Annual report of the Punjab Veterinary College and of the Civil Veterinary Department, Punjab - 1920-1925
Year: 1920
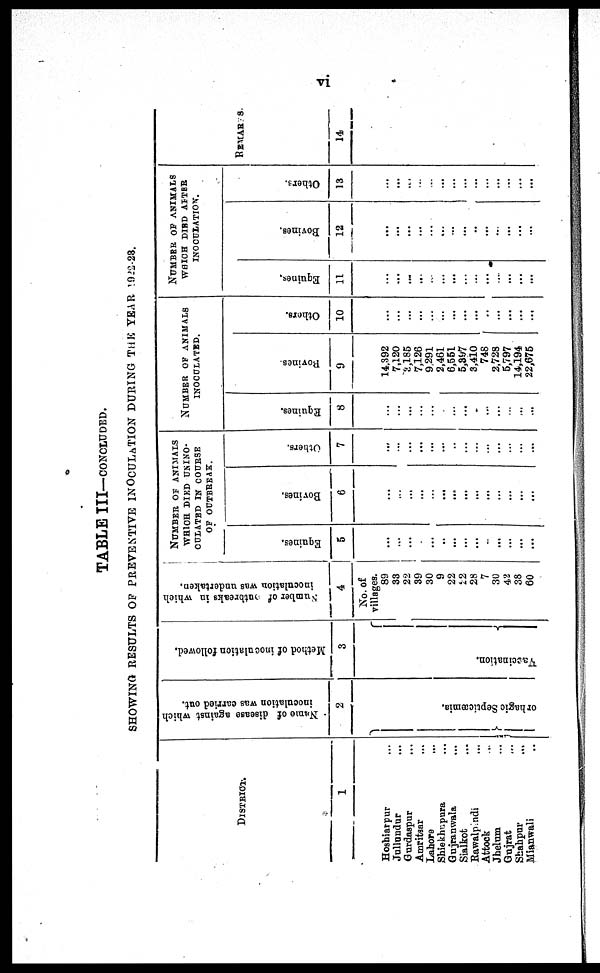
vi
TABLE I I I —CONCLUDED.
SHOWI NG RESULTS O F PREVENTI VE I
NOCULATI ON DURI NG T H E YEAR 1922- 23.
DI STRI CT.
1
Hoshi ar pur ...
Jul l undur ...
Gur daspur ...
Amr i t sar ...
Lahor e
Shi ekhupur a ...
Guj r anwal a ...
Si al kot ...
Rawal pi ndi ...
At t ock ...
Jhel um ...
Guj r at
...
Shahpur ...
Mi anwal i . . .
Name of disease against which
inoculation was carried out.
2
}orhagic Se p tic
æmia .
Method of inoculation followed.
3
Vaccination.{
Number
of outbreaks in which
inoculation was undertaken.
4
N o . o f
vi l l ages. 89 33 22 39 30 9
22 12
28 7
30
42 38
60
NUMBER OF ANIMALS
WHICH DIED UNINO-
OUTLATED IN COURSE
OF OUTBREAK.
Equines.
5
... ...
...
... ... ...
... ...
... ...
...
...
...
...
Bovines.
6
... ... ... ...
... ...
... ... ...
...
...
... ...
...
Others.
7
... ...
...
... ...
...
... ... ...
... ...
... ... ...
NUMBER OF ANIMALS
INOCULATED.
Equi nes.
8
... ... ... ... ... ... ... ... ... ... ... ... ... ...
Bovines.
9
14, 392
7, 120
3, 185
7, 126
9, 291
2, 461
6, 551
5, 397
3, 410 748
2, 728
5, 797
14, 194
22, 675
Others.
10
... ... ... ... ... ... ... ... ... ...
... ... ... ...
NUMBER OF ANIMALS
WHICH DIED AFTER
INOCULATION.
Equines.
11
... ... ... ... ... ... ... ... ... ... ... ... ... ...
Bovines.
12
... ... ... ... ... ... ... ... ... ... ... ... ... ...
Others.
13
... ... ... ... ... ... ... ... ... ... ... ... ... ...
REMARKS
14